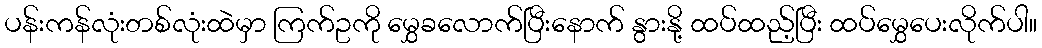
ပန်းကန်လုံးတစ်လုံးထဲမှာ ကြက်ဥကို မွှေခလောက်ပြီးနောက် နွားနို့ ထပ်ထည့်ပြီး ထပ်မွှေပေးလိုက်ပါ။